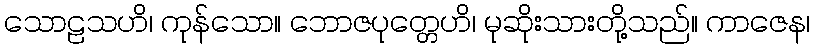
သောဠသဟိ၊ ကုန်သော။ ဘောဇပုတ္တေဟိ၊ မုဆိုးသားတို့သည်။ ကာဇေန၊